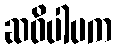
ဆဝိပါပက